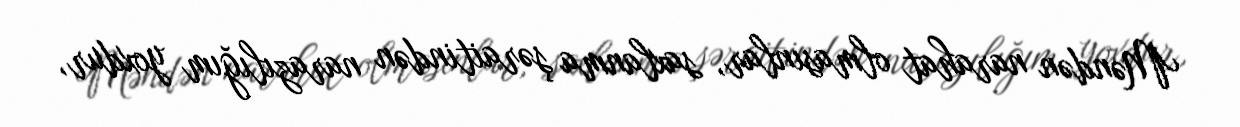
Məndən narahat olmasınlar, saxlanma şəraitindən narazılığım yoxdur,